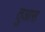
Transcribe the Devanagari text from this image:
तुआस